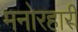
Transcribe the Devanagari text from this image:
मनोरहारी